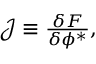
\begin{array} { r } { \mathcal { J } \equiv \frac { \delta F } { \delta \phi ^ { * } } , } \end{array}